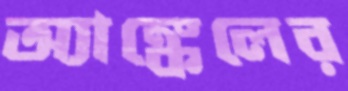
অ্যাঙ্কেলের